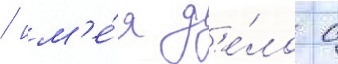
/ им'е́я д'е́ло с